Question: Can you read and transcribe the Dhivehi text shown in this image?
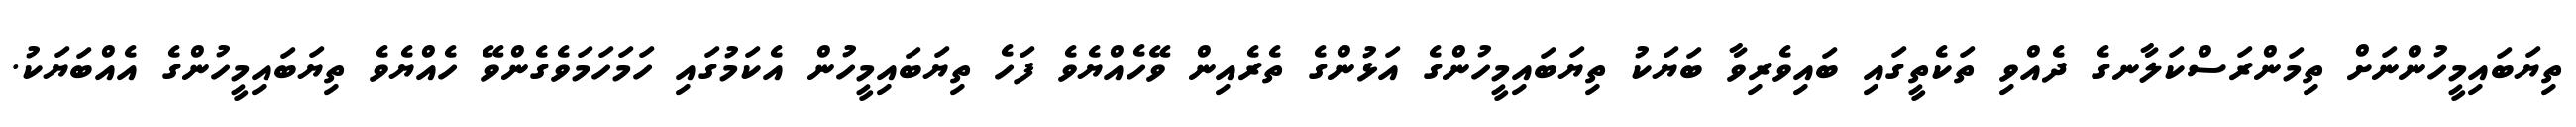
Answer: ތިޔަބައިމީހުންނަށް ތިމަންރަސްކަލާނގެ ދެއްވި ތަކެތީގައި ބައިވެރިވާ ބަޔަކު ތިޔަބައިމީހުންގެ އަޅުންގެ ތެރެއިން ވޭހެއްޔެވެ ފަހެ ތިޔަބައިމީހުން އެކަމުގައި ހަމަހަމަވެގެންވޭ ހެއްޔެވެ ތިޔަބައިމީހުންގެ އެއްބަޔަކު.